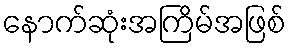
နောက်ဆုံးအကြိမ်အဖြစ်